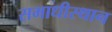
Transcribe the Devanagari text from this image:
समाधीस्थान